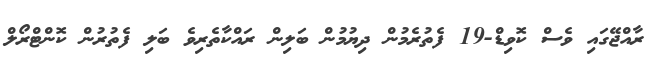
ރާއްޖޭގައި ވެސް ކޮވިޑް-19 ފެތުރެމުން ދިޔުމުން ބަލިން ރައްކާތެރިވެ ބަލި ފެތުރުން ކޮންޓްރޯލް